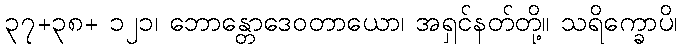
၃၇+၃၈+ ၁၂၁၊ ဘောန္တောဒေဝတာယော၊ အရှင်နတ်တို့။ သရိက္ခောပိ၊